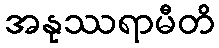
အနုဿရာမီတိ